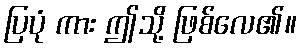
ပြပုံ ကား ဤသို့ ဖြစ်လေ၏။